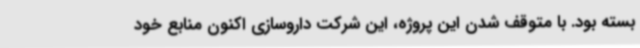
بسته بود. با متوقف شدن این پروژه، این شرکت داروسازی اکنون منابع خود